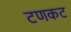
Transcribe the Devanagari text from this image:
टणकट